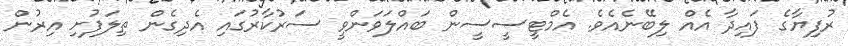
ރުފިޔާގެ ފައިދާ އެއް ލިބޭނެއެވެ. އެމްޓީސީސީން ބައްލަވަންވީ ސަރުކާރުގައި އެދިގެން ތިލަފުށި އިރުން